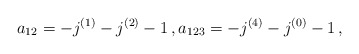
\begin{align*}a_{12} = -j^{(1)} - j^{(2)} - 1 \,, a_{123} = - j^{(4)} - j^{(0)} -1 \,, \end{align*}